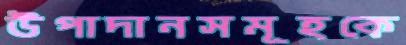
উপাদানসমূহকে